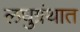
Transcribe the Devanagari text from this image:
लघुग्रंथात